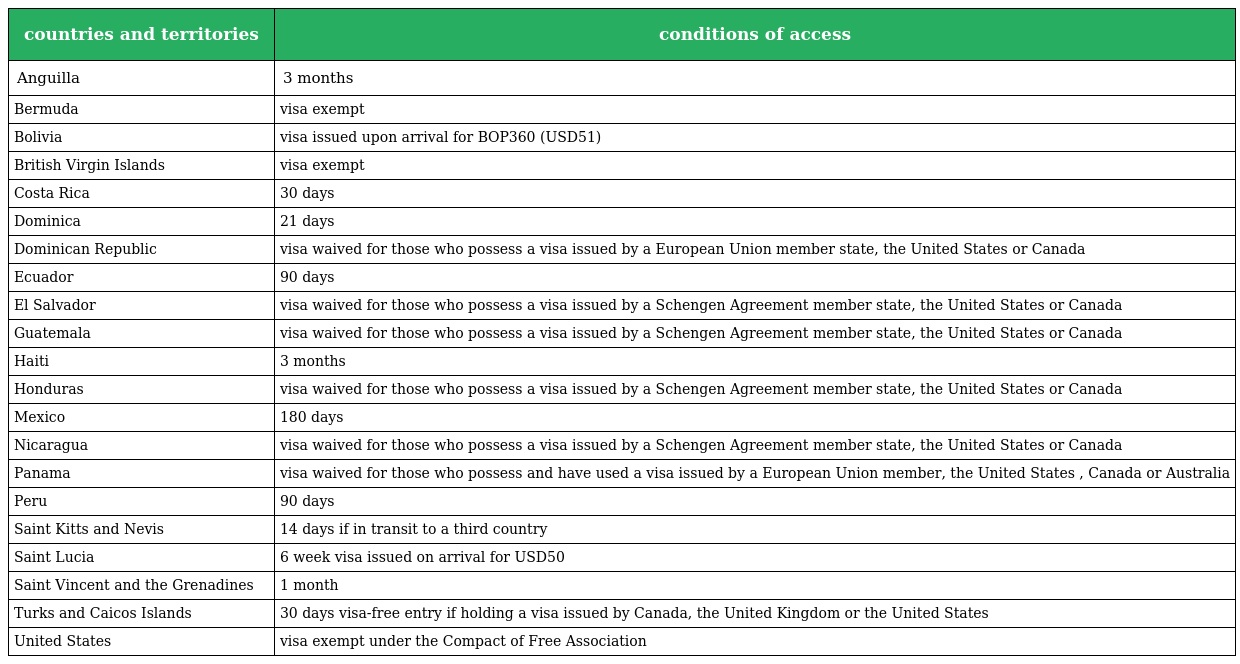
| countries and territories | conditions of access |
 | --- | --- |
 | Anguilla | 3 months |
 | Bermuda | visa exempt |
 | Bolivia | visa issued upon arrival for BOP360 (USD51) |
 | British Virgin Islands | visa exempt |
 | Costa Rica | 30 days |
 | Dominica | 21 days |
 | Dominican Republic | visa waived for those who possess a visa issued by a European Union member state, the United States or Canada |
 | Ecuador | 90 days |
 | El Salvador | visa waived for those who possess a visa issued by a Schengen Agreement member state, the United States or Canada |
 | Guatemala | visa waived for those who possess a visa issued by a Schengen Agreement member state, the United States or Canada |
 | Haiti | 3 months |
 | Honduras | visa waived for those who possess a visa issued by a Schengen Agreement member state, the United States or Canada |
 | Mexico | 180 days |
 | Nicaragua | visa waived for those who possess a visa issued by a Schengen Agreement member state, the United States or Canada |
 | Panama | visa waived for those who possess and have used a visa issued by a European Union member, the United States , Canada or Australia |
 | Peru | 90 days |
 | Saint Kitts and Nevis | 14 days if in transit to a third country |
 | Saint Lucia | 6 week visa issued on arrival for USD50 |
 | Saint Vincent and the Grenadines | 1 month |
 | Turks and Caicos Islands | 30 days visa-free entry if holding a visa issued by Canada, the United Kingdom or the United States |
 | United States | visa exempt under the Compact of Free Association |